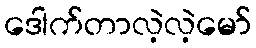
ဒေါက်တာလဲ့လဲ့မော်